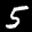
Label: 5